Indian journal of veterinary science and animal husbandry - Volumes 22-23, 1952-1953
Year: 1952
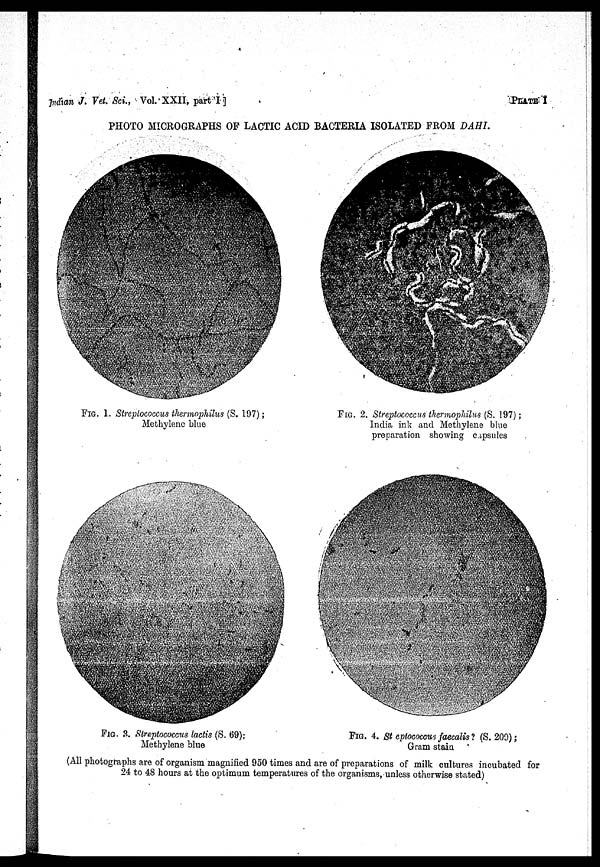
Indian J. Vet. Sci., Vol. XXII, part I ]
PLATE I
PHOTO MICROGRAPHS OF LACTIC ACID BACTERIA ISOLATED FROM DAHI.
FIG. 1. Streptococcus thermophilus (S. 197);
Methylene blue
FIG. 2. Streptococcus thermophilus (S. 197);
India ink and Methylene blue
preparation showing capsules
FIG. 3. Streptococcus lactis (S. 69);
Methylene blue
FIG. 4. St eptococcus faecalis? (S. 209);
Gram stain
(All photographs are of organism magnified 950 times and are of preparations of milk cultures incubated for
24 to 48 hours at the optimum temperatures of the organisms, unless otherwise stated)